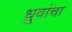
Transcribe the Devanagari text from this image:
ध्रुवांचा